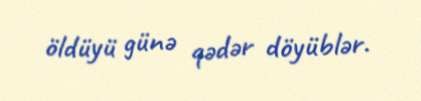
öldüyü günə qədər döyüblər.